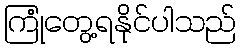
ကြုံတွေ့ရနိုင်ပါသည်